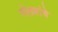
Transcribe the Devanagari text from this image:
मोठ्यांचे